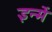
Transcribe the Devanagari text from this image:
इन्‍में